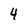
Character: 4